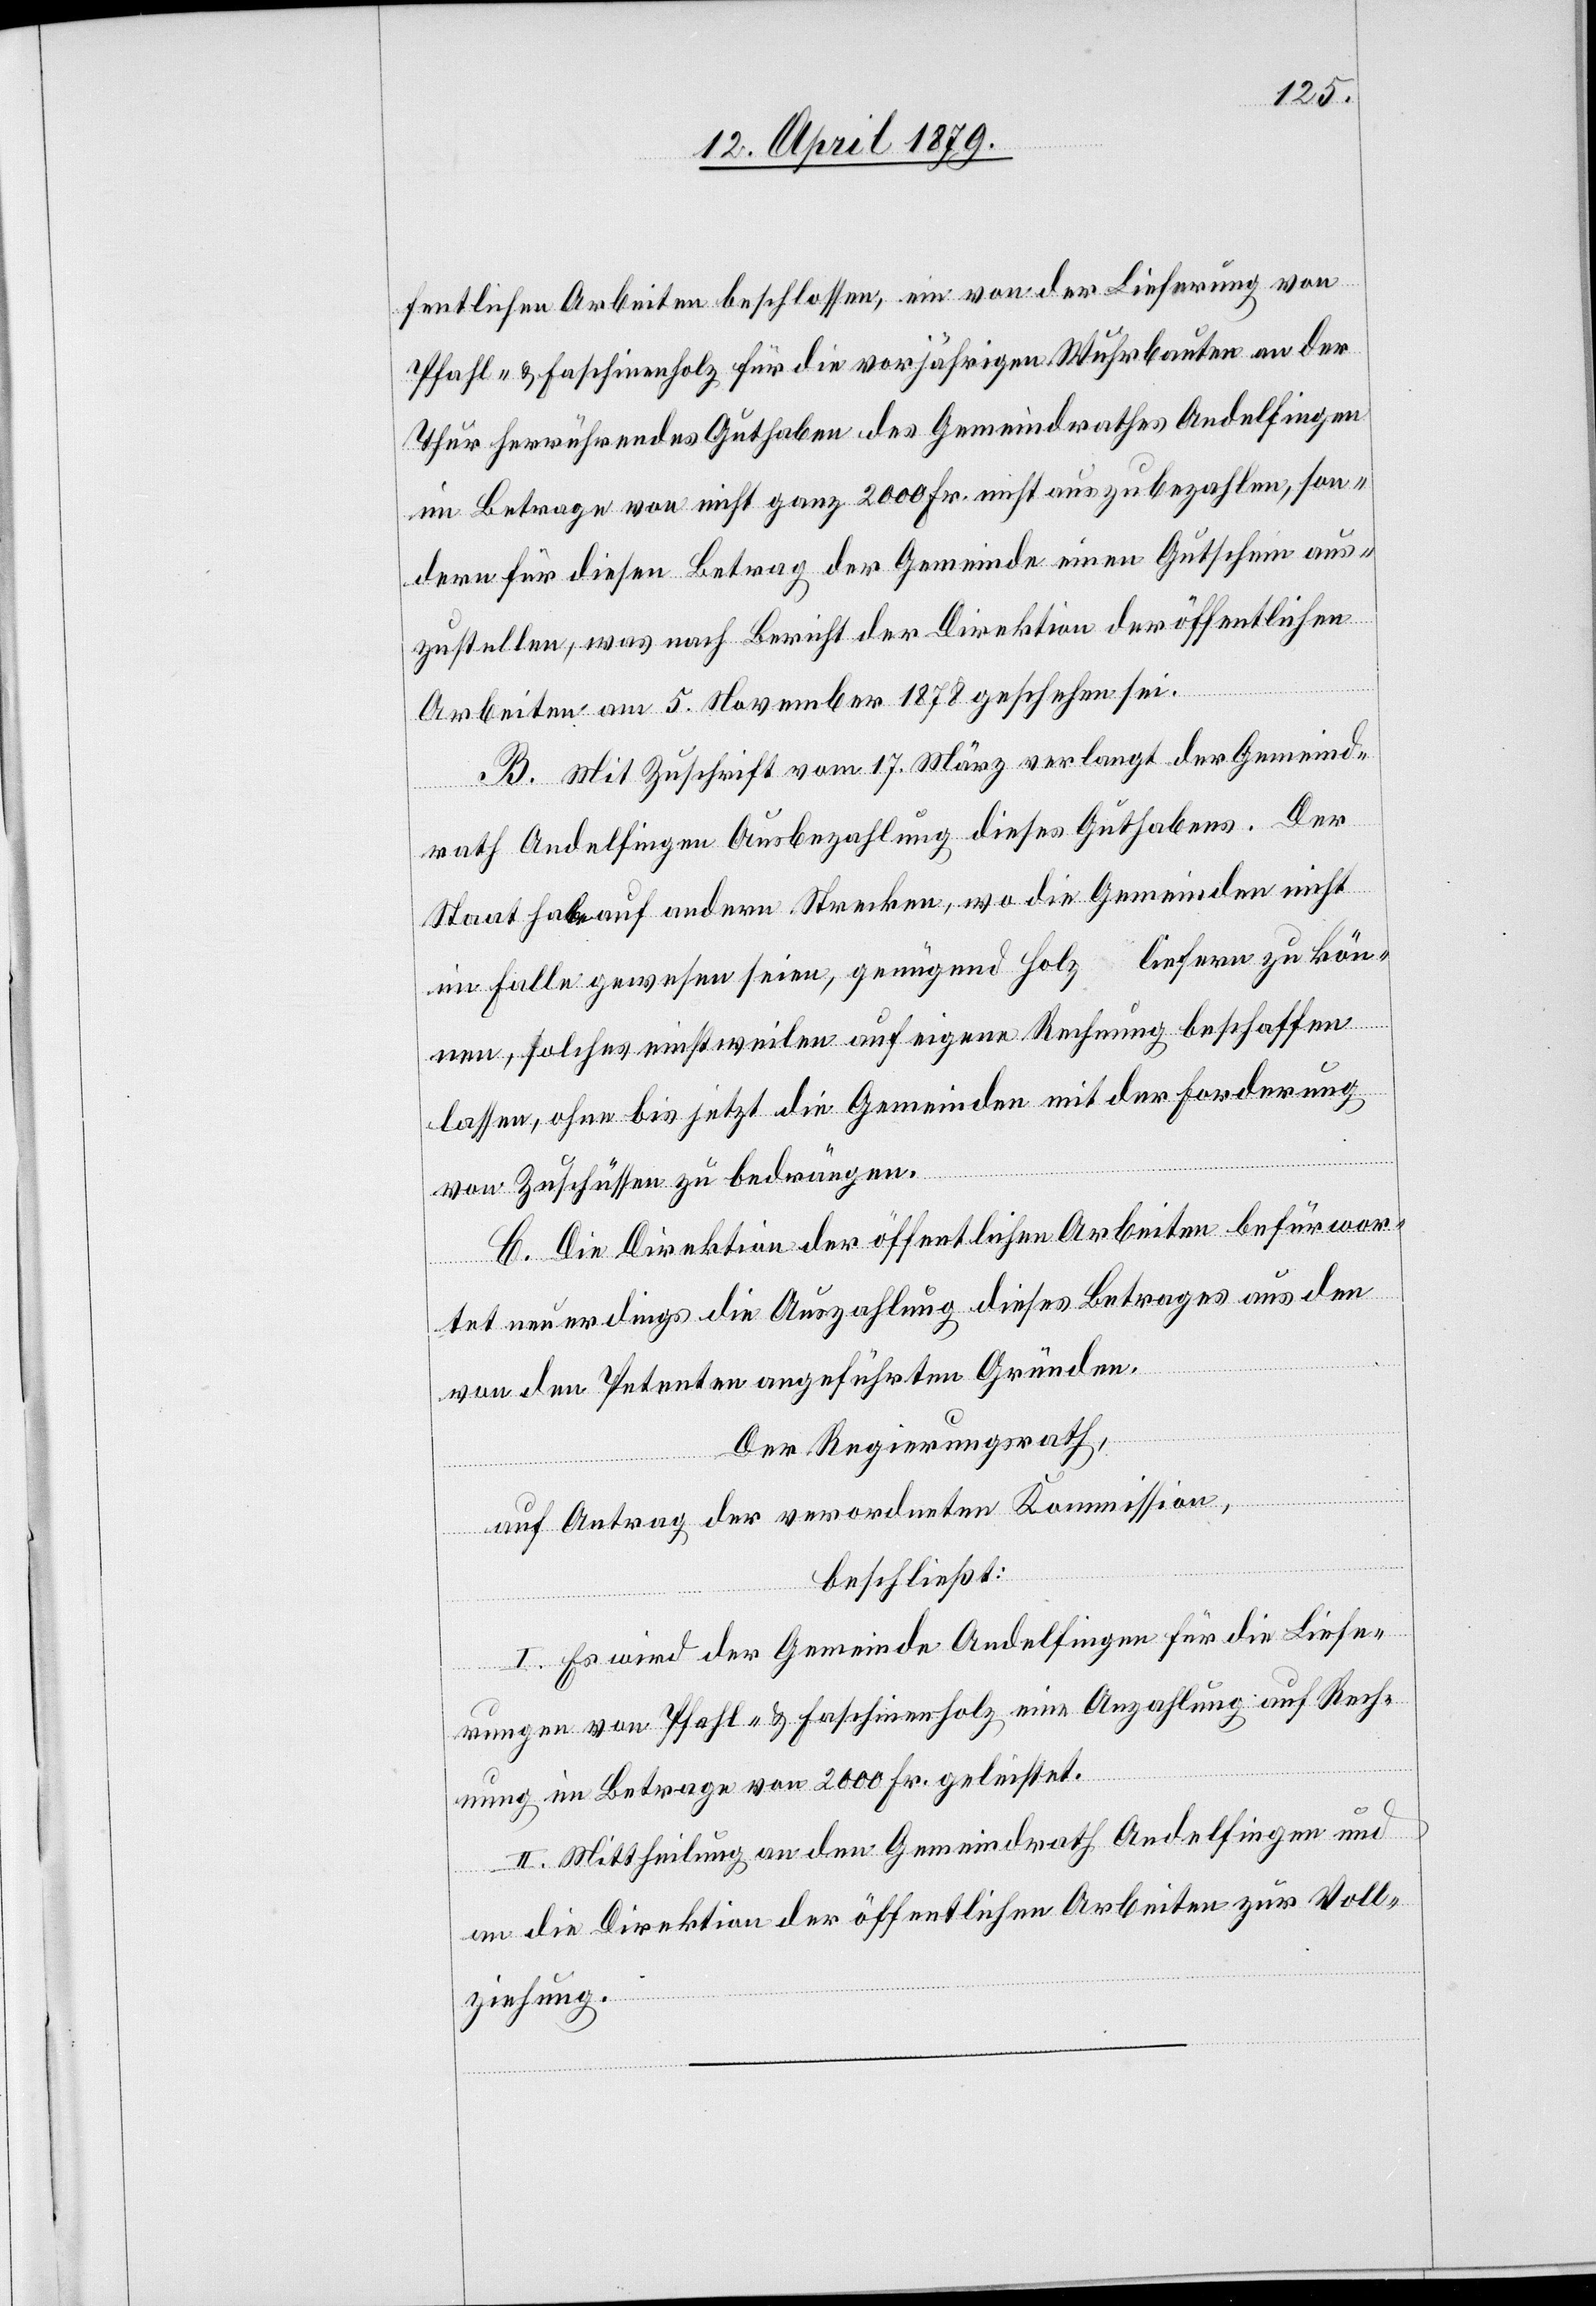
1878
hehen
fentlichen Arbeiten beschlossen, ein von der Lieferung von
Pfahl- & Faschinenholz für die vorjährigen Wuhrbauten an der
Thur herrührendes Guthaben des Gemeindrathes Andelfingen
im Betrage von nicht ganz 2000 Fr. nicht auszubezahlen, son¬
dern für diesen Betrag der Gemeinde einen Gutschein aus¬
zustellen, was nach Bericht der Direktion der öff. Arbeiten
B. Mit Zuschrift vom 17. März verlangt der Gemeind¬
sei.
rath Andelfingen Ausbezahlung dieses Guthabens. Der
Staat habe auf andern Strecken, wo die Gemeinden nicht
im Falle gewesen seien, genügend Holz liefern zu kön¬
nen, solches einstweilen auf eigene Rechnung beschaffen
lassen, ohne bis jetzt die Gemeinden mit der Forderung
von Zuschüssen zu bedrängen.
C. Die Direktion der öffentlichen Arbeiten befürwor¬
tet neuerdings die Auszahlung dieses Betrages aus den
von den Petenten angeführten Gründen.
Der Regierungsrath,
auf Antrag der verordneten Kommission,
beschließt:
I. Es wird der Gemeinde Andelfingen für die Liefe¬
rungen von Pfahl- & Faschinenholz eine Anzahlung auf Rech¬
nung im Betrage von 2000 Fr. geleistet.
II. Mittheilung an den Gemeindrath Andelfingen und
an die Direktion der öffentlichen Arbeiten zur Voll¬
ziehung.